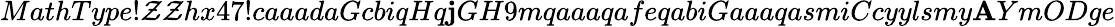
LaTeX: MathType!\mathcal{Z}\mathcal{Z}hx47!caaadaGcbiqHq\mathbf{j}GH9mqaaaqafeqabiGaaaqasmiCcyylsmy\mathbf{A}YmODge